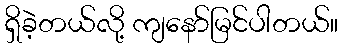
ရှိခဲ့တယ်လို့ ကျနော်မြင်ပါတယ်။